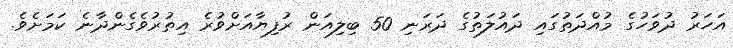
އަހަރު ދުވަހުގެ މުއްދަތުގައި ދައުލަތުގެ ދަރަނި 50 ބިލިއަން ރުފިޔާއަށްވުރެ އިތުރުވެގެންދާނެ ކަމަށެވެ.